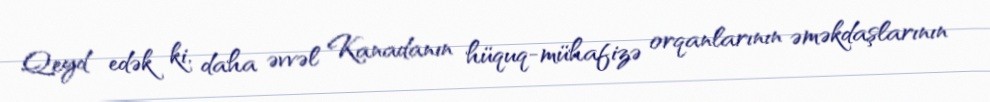
Qeyd edək ki, daha əvvəl Kanadanın hüquq-mühafizə orqanlarının əməkdaşlarının